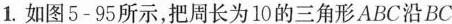
1.如图5-95所示，把周长为10的三角形ABC沿BC